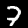
Digit: 7